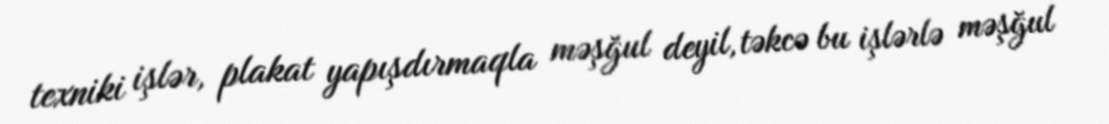
texniki işlər, plakat yapışdırmaqla məşğul deyil, təkcə bu işlərlə məşğul